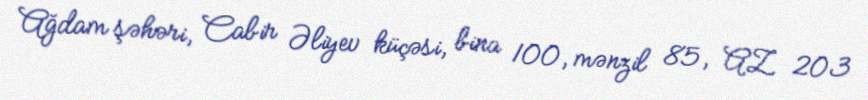
Ağdam şəhəri, Cabir Əliyev küçəsi, bina 100, mənzil 85, AZ 203